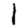
Digit: 1